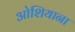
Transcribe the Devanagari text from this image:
ओशियाना